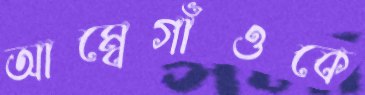
আম্বেগাঁওকে